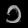
Digit: ၁